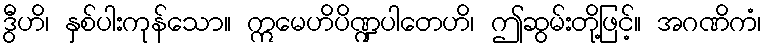
ဒွီဟိ၊ နှစ်ပါးကုန်သော။ ဣမေဟိပိဏ္ဍပါတေဟိ၊ ဤဆွမ်းတို့ဖြင့်။ အဂဏိကံ၊